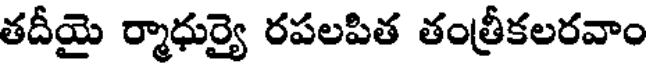
తదీయై ర్మాధుర్యై రపలపిత తంత్రీకలరవాం